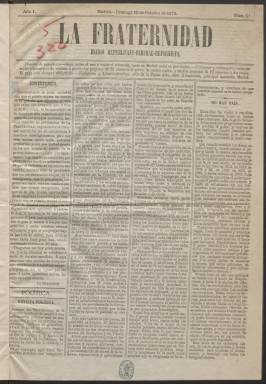
Título: La Fraternidad (Madrid. 1873)
Colección: Periódicos
Ámbito geográfico: Madrid
Lugar de publicación: Madrid
Fechas: 12/10/1873-31/12/1873